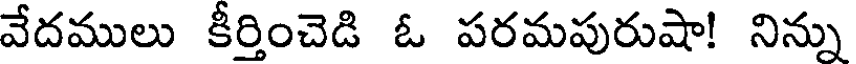
వేదములు కీర్తించెడి ఓ పరమపురుషా! నిన్ను